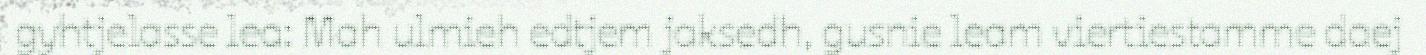
gyhtjelasse lea: Mah ulmieh edtjem jaksedh, gusnie leam viertiestamme daej